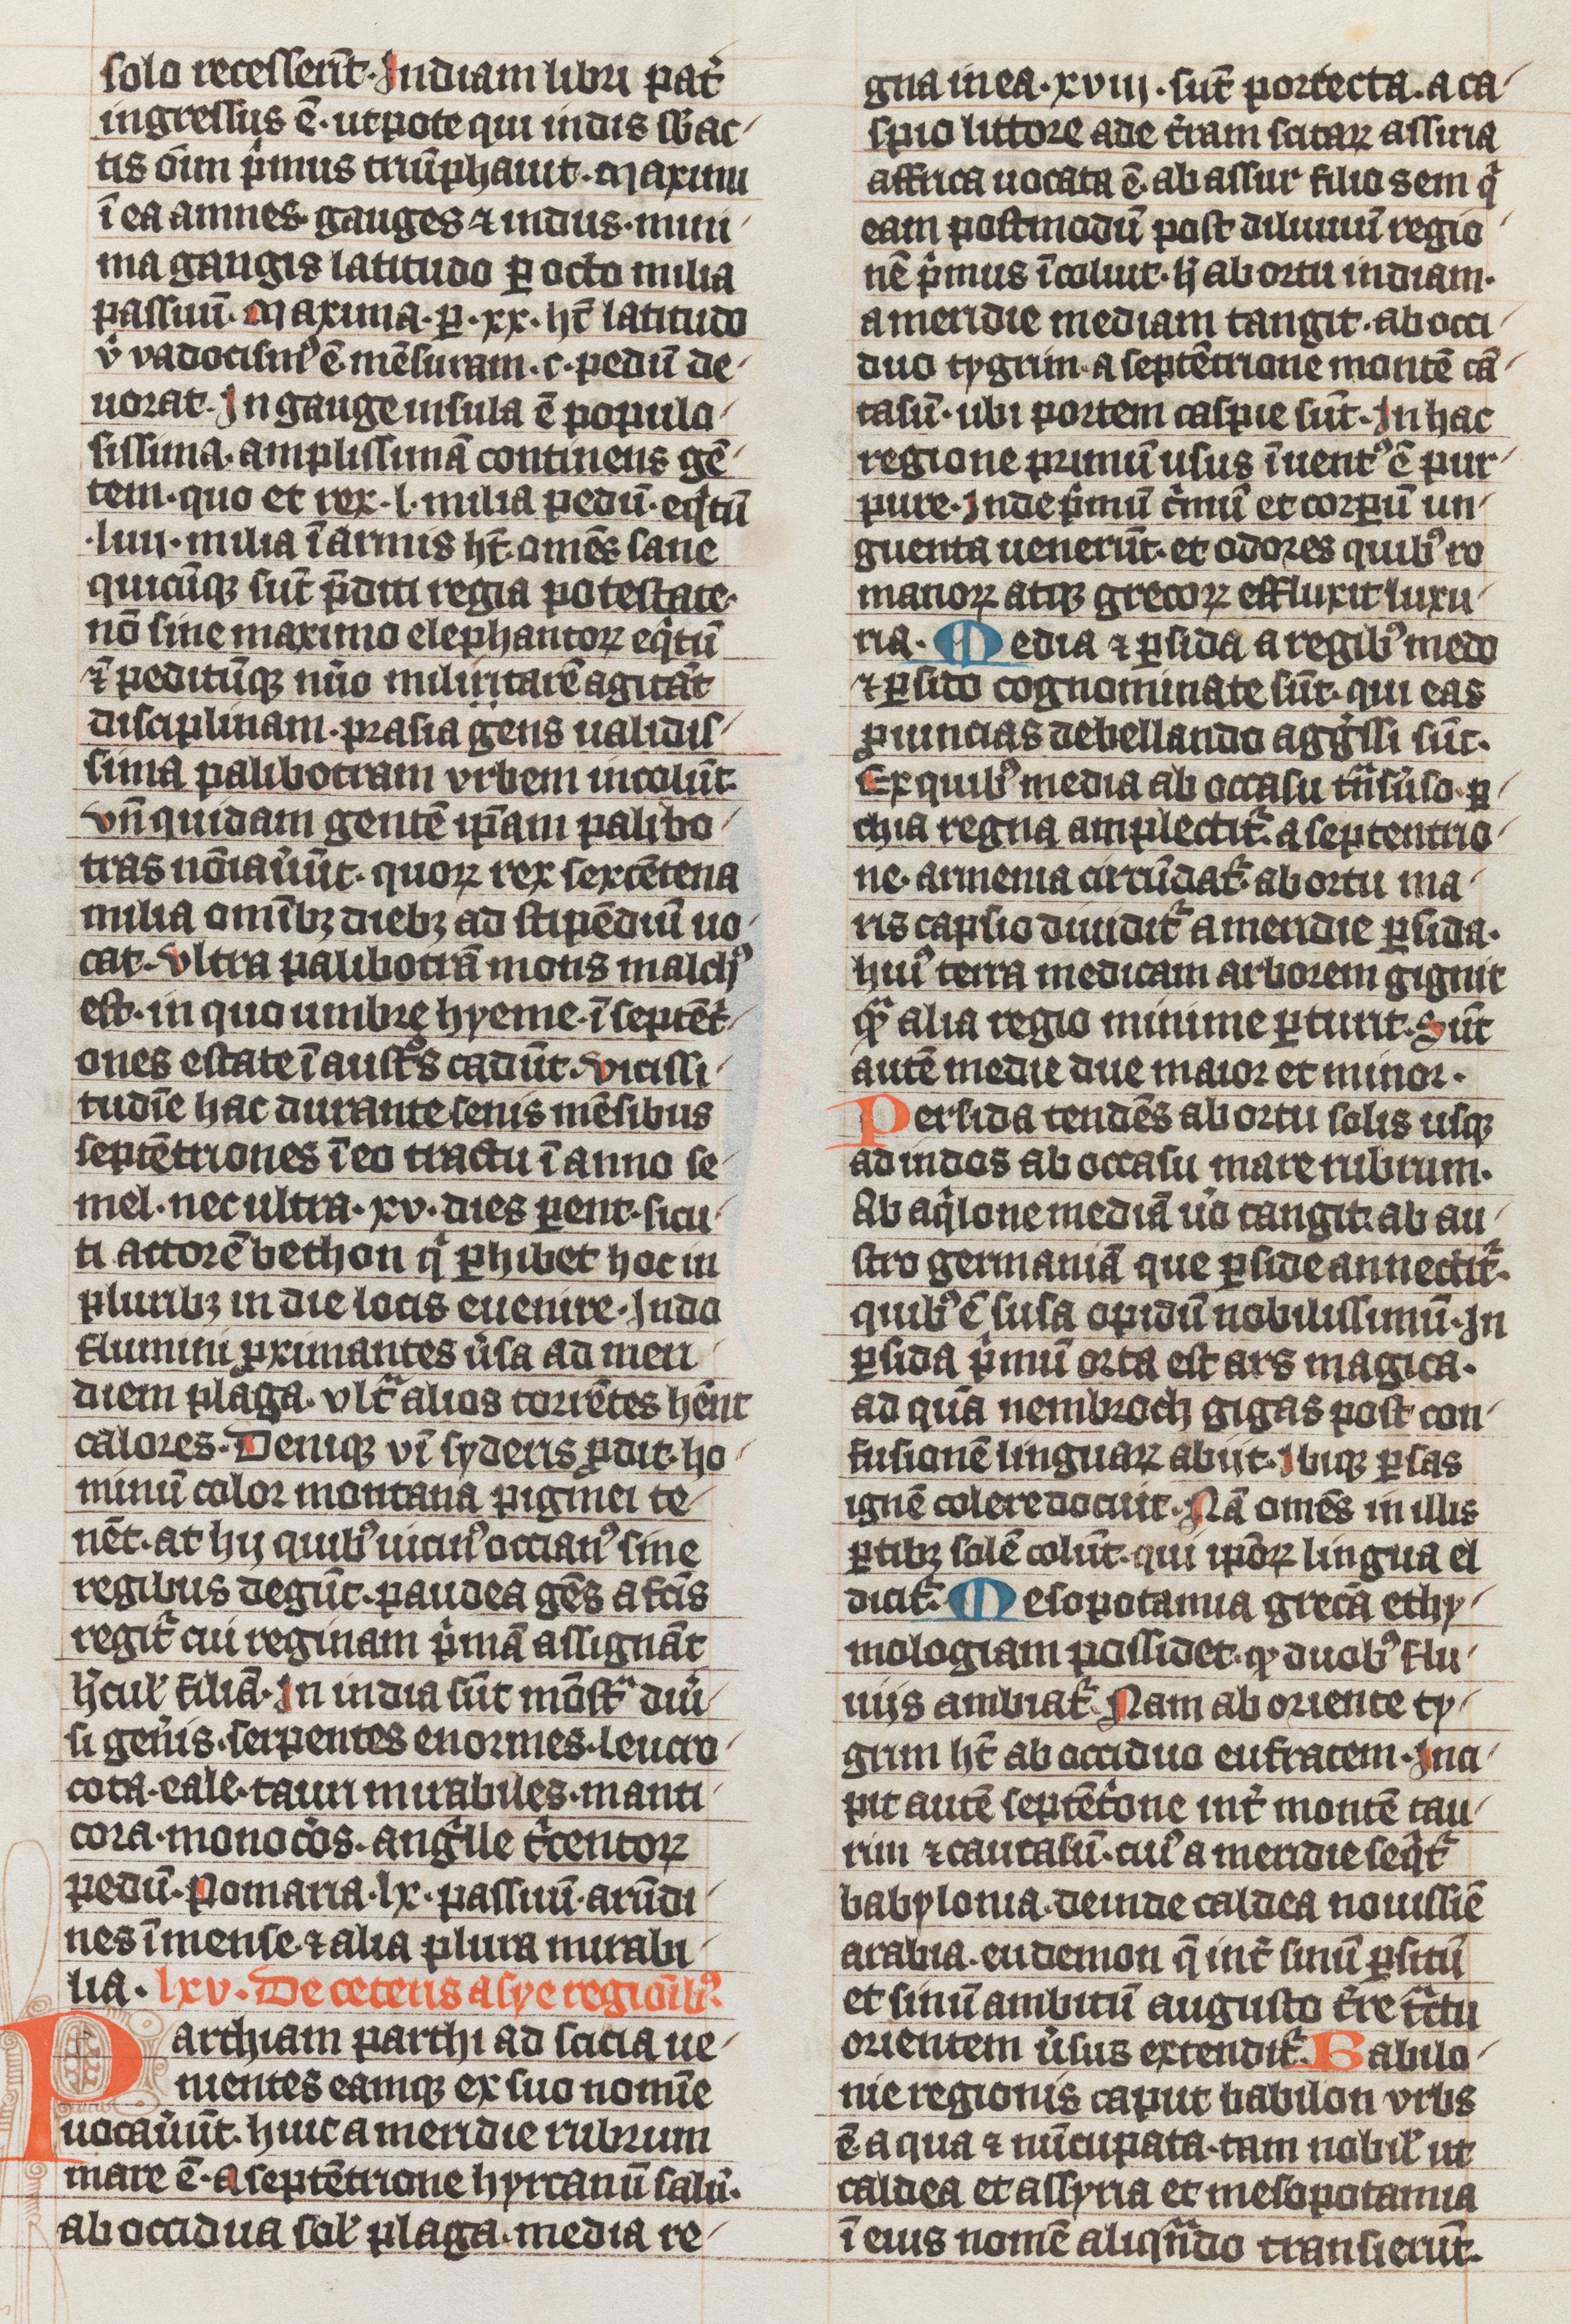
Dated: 1338–1338